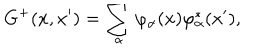
LaTeX: G ^ { + } ( x , x ^ { \prime } ) = \sum _ { \alpha } \varphi _ { \alpha } ( x ) \varphi _ { \alpha } ^ { \ast } ( x ^ { \prime } ) ,